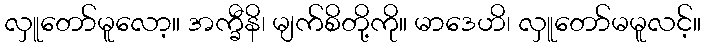
လှူတော်မူလော့။ အက္ခီနိ၊ မျက်စိတို့ကို။ မာဒေဟိ၊ လှူတော်မမူလင့်။